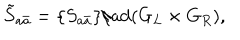
LaTeX: \tilde { S } _ { a \bar { a } } = \{ S _ { a \bar { a } } \} / \mathrm { a d } ( G _ { L } \times G _ { R } ) ,